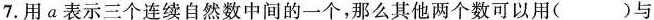
7.用 a 表示三个连续自然数中间的一个，那么其他两个数可以用()与